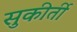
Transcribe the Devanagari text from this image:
सुकीर्ती